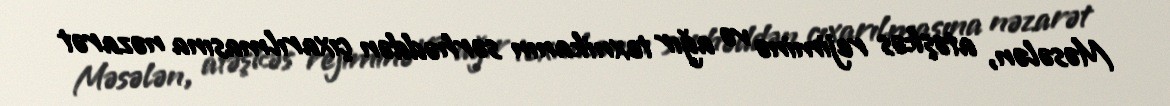
Məsələn, atəşkəs rejiminə və ağır texnikanın sərhəddən çıxarılmasına nəzarət